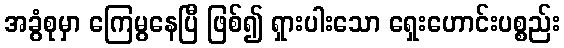
အခွံစုမှာ ကြေမွနေပြီ ဖြစ်၍ ရှားပါးသော ရှေးဟောင်းပစ္စည်း